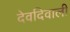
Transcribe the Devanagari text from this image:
देवदिवाली